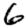
Digit: 6